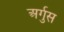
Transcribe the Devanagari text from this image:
अर्गुस